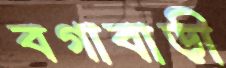
বগাবাড়ী